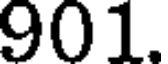
901.